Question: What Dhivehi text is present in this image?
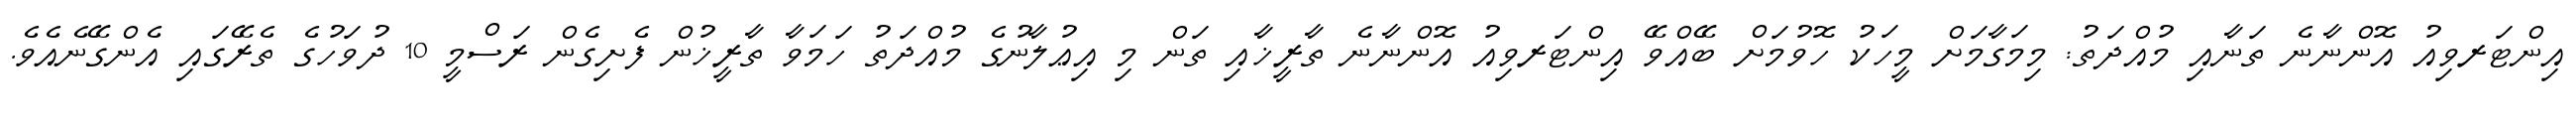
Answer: އިންޓަރވިއު އޮންނާނެ ތަނާއި މުއްދަތު: މިމަގާމަށް މީހަކު ހޮވުމަށް ބޭއްވޭ އިންޓަރވިއު އޮންނާނެ ތާރީޚާއި ތަން މި އިޢުލާނުގެ މުއްދަތު ހަމަވާ ތާރީޚުން ފެށިގެން ރަސްމީ 10 ދުވަހުގެ ތެރޭގައި އެންގޭނެއެވެ.